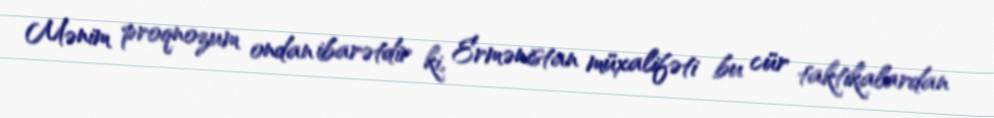
Mənim proqnozum ondan ibarətdir ki, Ermənistan müxalifəti bu cür taktikalardan